Annual statistical returns and brief notes on vaccination in Bengal - 1909-1929
Year: 1909
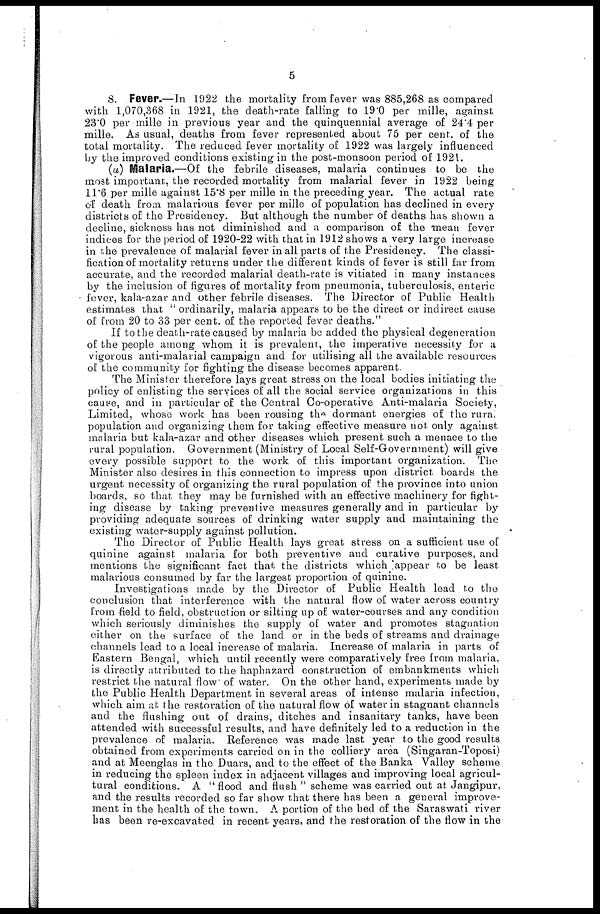
5
8. Fever.—In 1922 the mortality from fever was 885,268 as compared
with 1,070,368 in 1921, the death-rate falling to 19.0 per mille, against
23.0 per mille in previous year and the quinquennial average of 24.4 per
mille. As usual, deaths from fever represented about 75 per cent. of the
total mortality. The reduced fever mortality of 1922 was largely influenced
by the improved conditions existing in the post-monsoon period of 1921.
(a) Malaria.—Of the febrile diseases, malaria continues to be the
most important, the recorded mortality from malarial fever in 1922 being
11.6 per mille against 15.8 per mille in the preceding year. The actual rate
of death from malarious fever per mille of population has declined in every
districts of the Presidency. But although the number of deaths has shown a
decline, sickness has not diminished and a comparison of the mean fever
indices for the period of 1920-22 with that in 1912 shows a very large increase
in the prevalence of malarial fever in all parts of the Presidency. The classi-
fication of mortality returns under the different kinds of fever is still far from
accurate, and the recorded malarial death-rate is vitiated in many instances
by the inclusion of figures of mortality from pneumonia, tuberculosis, enteric
fever, kala-azar and other febrile diseases. The Director of Public Health
estimates that " ordinarily, malaria appears to be the direct or indirect cause
of from 20 to 33 per cent. of the reported fever deaths."
If to the death-rate caused by malaria be added the physical degeneration
of the people among whom it is prevalent, the imperative necessity for a
vigorous anti-malarial campaign and for utilising all the available resources
of the community for fighting the disease becomes apparent.
The Minister therefore lays great stress on the local bodies initiating the
policy of enlisting the services of all the social service organizations in this
cause, and in particular of the Central Co-operative Anti-malaria Society,
Limited, whose work has been rousing the dormant energies of the rural
population and organizing them for taking effective measure not only against
malaria but kala-azar and other diseases which present such a menace to the
rural population. Government (Ministry of Local Self-Government) will give
every possible support to the work of this important organization. The
Minister also desires in this connection to impress upon district boards the
urgent necessity of organizing the rural population of the province into union
boards, so that they may be furnished with an effective machinery for fight-
ing disease by taking preventive measures generally and in particular by
providing adequate sources of drinking water supply and maintaining the
existing water-supply against pollution.
The Director of Public Health lays great stress on a sufficient use of
quinine against malaria for both preventive and curative purposes, and
mentions the significant fact that the districts which appear to be least
malarious consumed by far the largest proportion of quinine.
Investigations made by the Director of Public Health lead to the
conclusion that interference with the natural flow of water across country
from field to field, obstruction or silting up of water-courses and any condition
which seriously diminishes the supply of water and promotes stagnation
either on the surface of the land or in the beds of streams and drainage
channels lead to a local increase of malaria. Increase of malaria in parts of
Eastern Bengal, which until recently were comparatively free from malaria,
is directly attributed to the haphazard construction of embankments which
restrict the natural flow of water. On the other hand, experiments made by
the Public Health Department in several areas of intense malaria infection,
which aim at the restoration of the natural flow of water in stagnant channels
and the flushing out of drains, ditches and insanitary tanks, have been
attended with successful results, and have definitely led to a reduction in the
prevalence of malaria. Reference was made last year to the good results
obtained from experiments carried on in the colliery area (Singaran-Toposi)
and at Meenglas in the Duars, and to the effect of the Banka Valley scheme
in reducing the spleen index in adjacent villages and improving local agricul-
tural conditions. A " flood and flush " scheme was carried out at Jangipur,
and the results recorded so far show that there has been a general improve-
ment in the health of the town. A portion of the bed of the Saraswati river
has been re-excavated in recent years, and the restoration of the flow in the